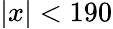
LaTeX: \vert x\vert<190